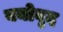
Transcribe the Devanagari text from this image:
वयोवृद